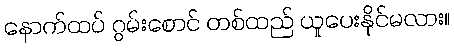
နောက်ထပ် ဂွမ်းစောင် တစ်ထည် ယူပေးနိုင်မလား။